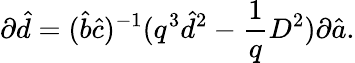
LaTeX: \partial\hat{d}=(\hat{b}\hat{c})^{-1}(q^{3}\hat{d}^{2}-\frac{1}{q}D^{2})\partial\hat{a}.